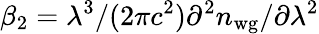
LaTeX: \beta_{2}=\lambda^{3}/(2\pi c^{2})\partial^{2}n_{\mathrm{wg}}/\partial\lambda^{2}